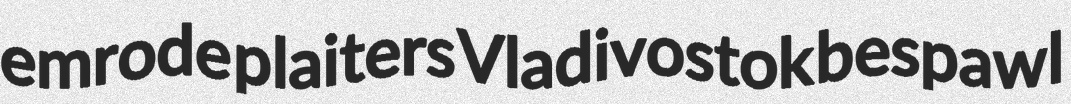
emrode plaiters Vladivostok bespawl